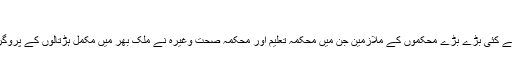
“
1958 ءمیں ملک بھر کے کئی بڑے بڑے محکموں کے ملازمین جن میں محکمہ تعلیم اور محکمہ صحت وغیرہ نے ملک بھر میں مکمل ہڑتالوں کے پروگرام طے کر رکھے تھے۔